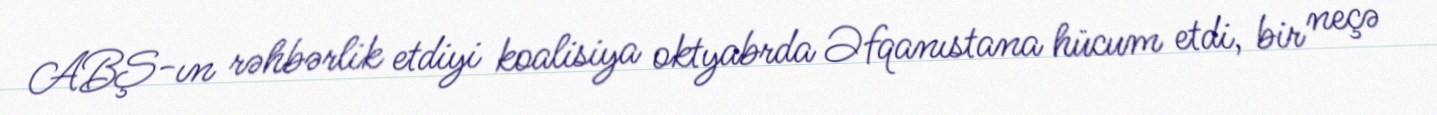
ABŞ-ın rəhbərlik etdiyi koalisiya oktyabrda Əfqanıstana hücum etdi, bir neçə